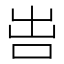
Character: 𠰕